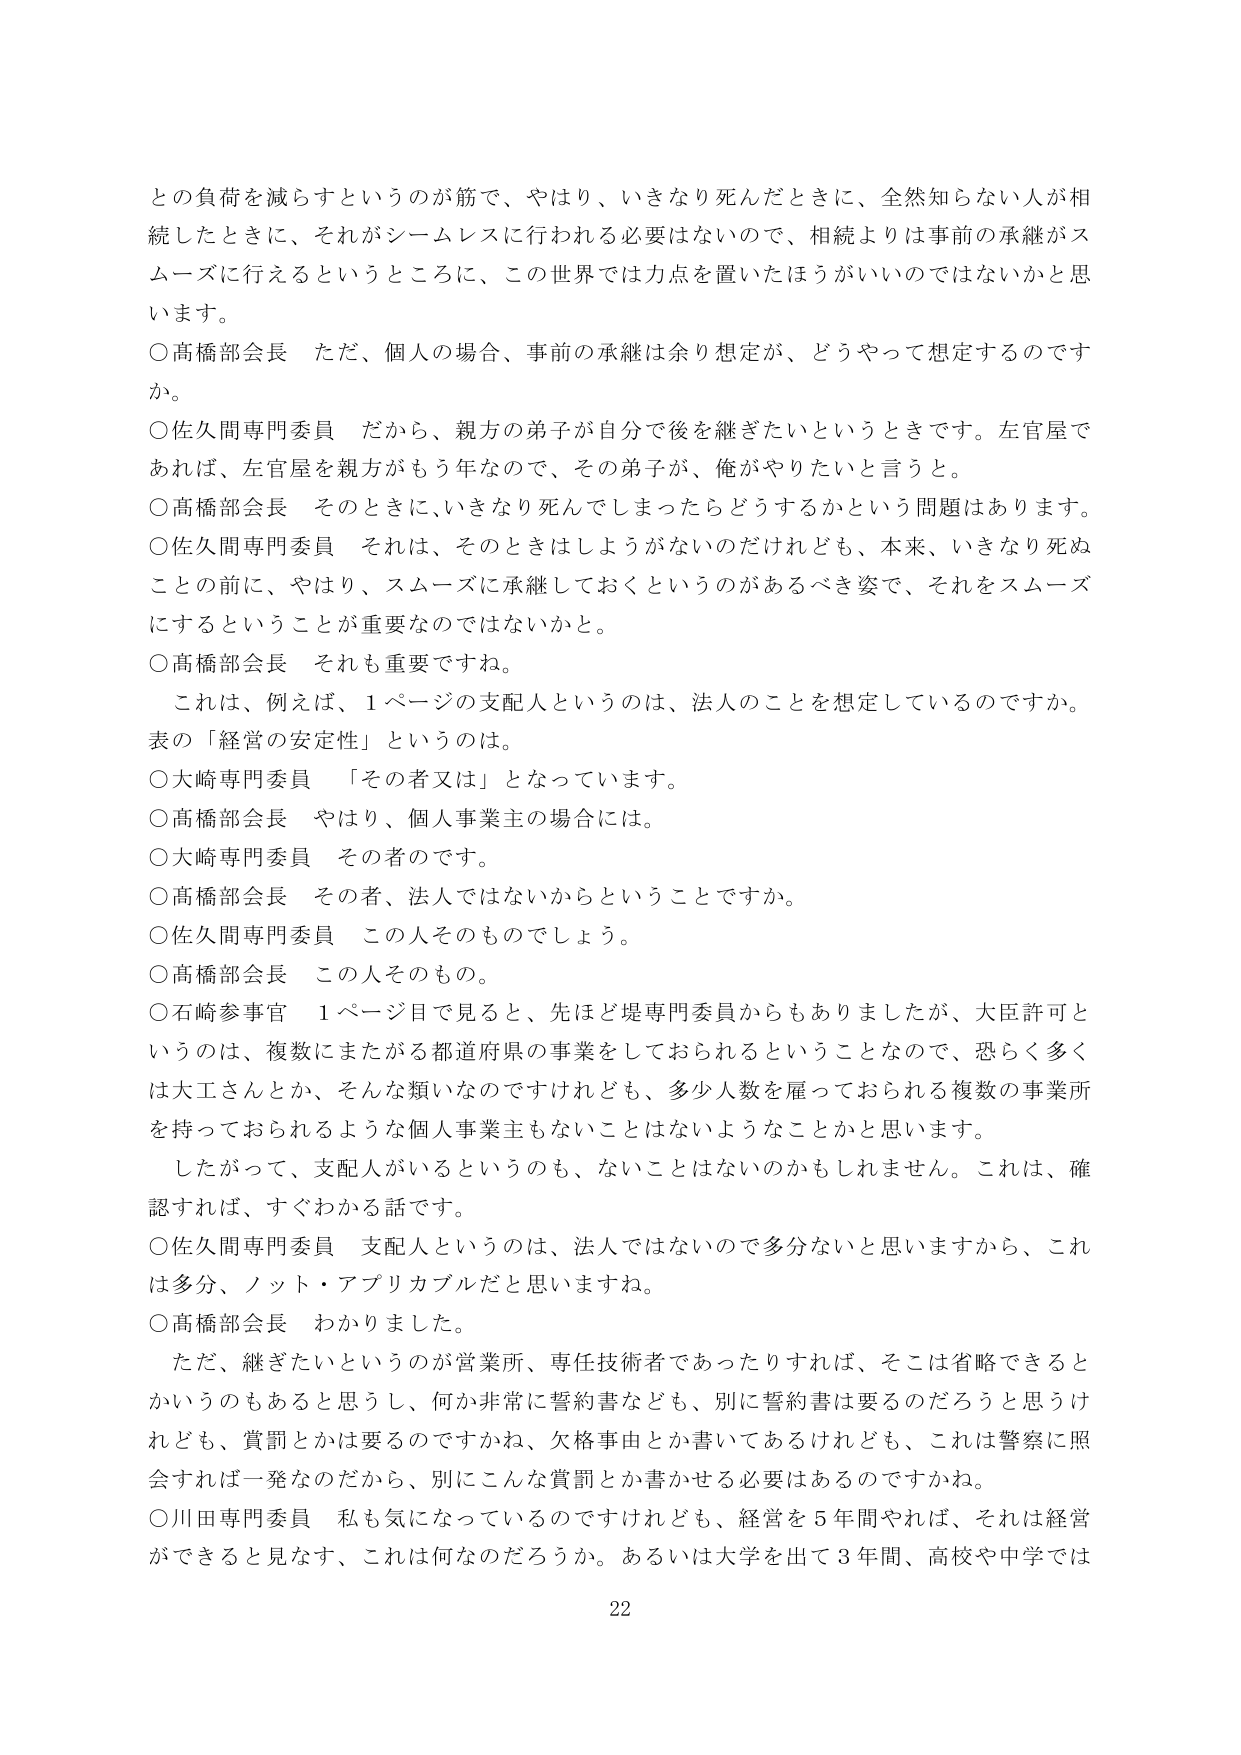
との負荷を減らすというのが筋で、やはり、いきなり死んだときに、全然知らない人が相続したときに、それがシームレスに行われる必要はないので、相続よりは事前の承継がスムーズに行えるというところに、この世界では力点を置いたほうがいいのではないかと思います。

○高橋部会長 ただ、個人の場合、事前の承継は余り想定が、どうやって想定するのですか。

○佐久間専門委員 だから、親方の弟子が自分で後を継ぎたいというときです。左官屋であれば、左官屋を親方がもう年なので、その弟子が、俺がやりたいと言うと。

○高橋部会長 そのときに、いきなり死んでしまったらどうするかという問題はあります。

○佐久間専門委員 それは、そのときはしようがないのだけれども、本来、いきなり死ぬことの前に、やはり、スムーズに承継しておくというのがあるべき姿で、それをスムーズにするということが重要なのではないかと。

○高橋部会長 それも重要ですね。

これは、例えば、1ページの支配人というのは、法人のことを想定しているのですか。表の「経営の安定性」というのは。

○大崎専門委員 「その者又は」となっています。

○高橋部会長 やはり、個人事業主の場合には。

○大崎専門委員 その者です。

○高橋部会長 その者、法人ではないからということですか。

○佐久間専門委員 この人そのものでしょう。

○高橋部会長 この人そのもの。

○石崎参事官 1ページ目で見ると、先ほど堤専門委員からもありましたが、大臣許可というのは、複数にまたがる都道府県の事業をしておられるということなので、恐らく多くは大工さんとか、そんな類いなのですが、多少人数を雇っておられる複数の事業所を持っておられるような個人事業主もないことはないようなことかと思います。

したがって、支配人がいるというのも、ないことはないのかもしれません。これは、確認すれば、すぐわかる話です。

○佐久間専門委員 支配人というのは、法人ではないので多分ないと思いますから、これは多分、ノット・アプリカブルだと思いますね。

○高橋部会長 わかりました。

ただ、継ぎたいというのが営業所、専任技術者であったりすれば、そこは省略できるとかいうのもあると思うし、何か非常に誓約書なども、別に誓約書は要るのだろうと思うけれども、賞罰とかは要るのですかね、欠格事由とか書いてあるけれども、これは警察に照会すれば一発なのだから、別にこんな賞罰とか書かせる必要はあるのですか。

○川田専門委員 私も気になっているのですけれども、経営を5年間やれば、それは経営ができると見なす、これは何なのだろうか。あるいは大学を出て3年間、高校や中学では

22